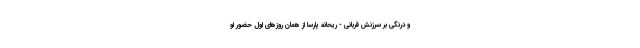
و درنگی بر سرزنش قربانی - ریحانه پارسا از همان روزهای اول حضور او